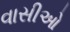
વાસીઓ